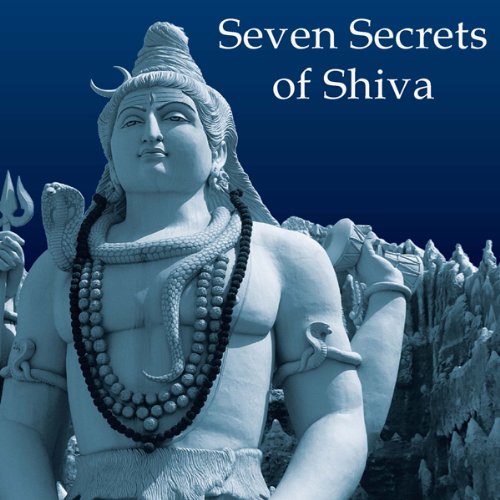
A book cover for Seven Secrets of Shiva; Devdutt Pattanaik; Religion & Spirituality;